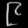
Digit: ၉